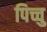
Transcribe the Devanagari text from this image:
पिच्चु